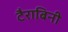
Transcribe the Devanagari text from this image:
टैराबिनी